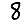
Digit: 8